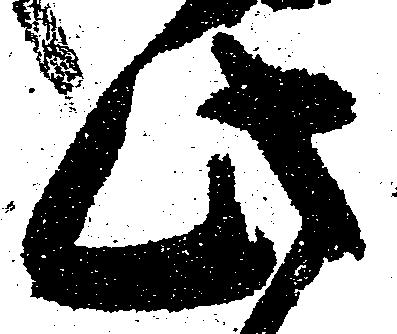
此